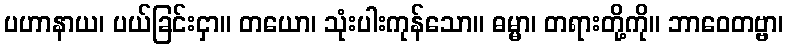
ပဟာနာယ၊ ပယ်ခြင်းငှာ။ တယော၊ သုံးပါးကုန်သော။ ဓမ္မာ၊ တရားတို့ကို။ ဘာဝေတဗ္ဗာ၊